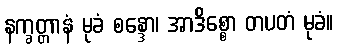
နက္ခတ္တာနံ မုခံ စန္ဒော၊ အာဒိစ္စော တပတံ မုခံ။